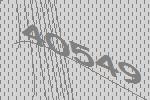
40549